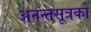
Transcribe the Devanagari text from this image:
अनन्तसूत्रको